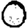
Digit: 0